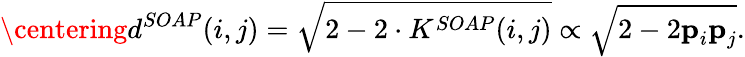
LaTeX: \centering d^{SOAP}(i,j)=\sqrt{2-2\cdot K^{SOAP}(i,j)}\propto\sqrt{2-2\textbf{p}_{i}\textbf{p}_{j}}.